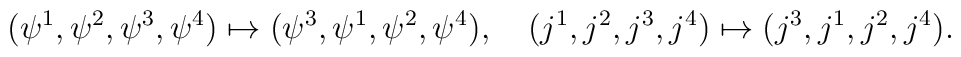
(\psi^1,\psi^2,\psi^3,\psi^4) \mapsto (\psi^3,\psi^1,\psi^2,\psi^4),\quad(j^1,j^2,j^3,j^4) \mapsto (j^3,j^1,j^2,j^4)  .